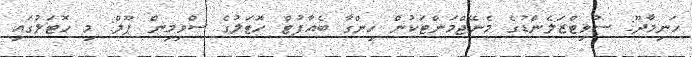
ހަނިމާދޫ: ސުވިޓްޒަލެންޑުގެ މެނޭޖްމަންޓަކުން ހިންގާ ބެއާފުޓް ހޮޓަލުގެ ސްވިމިން ޕޫލް: މި ހޮޓަލުގައި